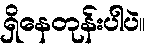
ရှိနေတုန်းပါပဲ။